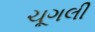
ચૂગલી